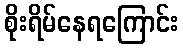
စိုးရိမ်နေရကြောင်း